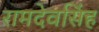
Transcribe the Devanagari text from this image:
रामदेवसिंह